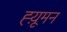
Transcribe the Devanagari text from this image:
ह्य़ूमन